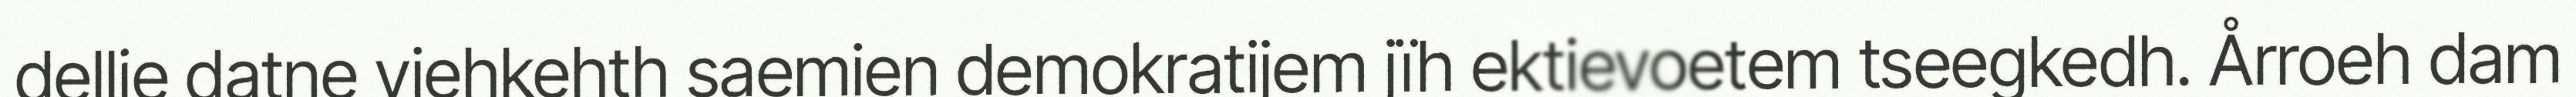
dellie datne viehkehth saemien demokratijem jïh ektievoetem tseegkedh. Årroeh dam